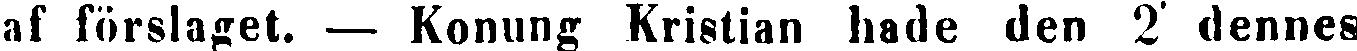
af förslaget. — Konung Kristian hade den 2 dennes